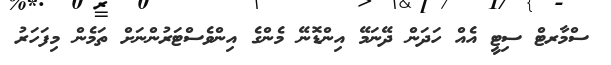
ސްމާރޓް ސިޓީ އެއް ހަދަން ދޭނަމޭ އިންޑޮނޭ މެންގެ އިންވެސްޓަރުންނަށް ތަމެން މިފަހަރު